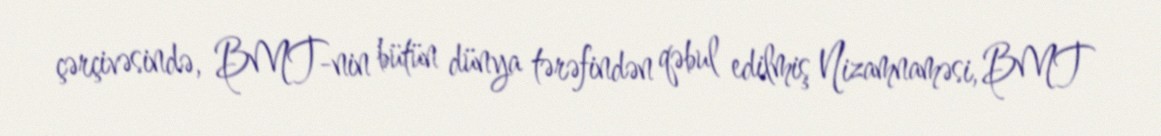
çərçivəsində, BMT-nin bütün dünya tərəfindən qəbul edilmiş Nizamnaməsi, BMT